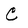
Character: C